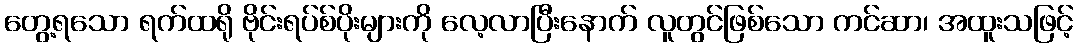
တွေ့ရသော ရက်ထရို ဗိုင်းရပ်စ်ပိုးများကို လေ့လာပြီးနောက် လူတွင်ဖြစ်သော ကင်ဆာ၊ အထူးသဖြင့်